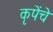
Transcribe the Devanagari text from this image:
कृपेंचे